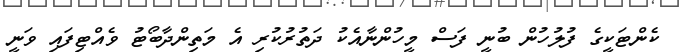
ކެންޓަކީގެ ފުލުހުން ބުނީ ފަސް މީހުންނާއެކު ދަތުރުކުރި އެ މަތިންދާބޯޓު ވެއްޓިފައި ވަނީ